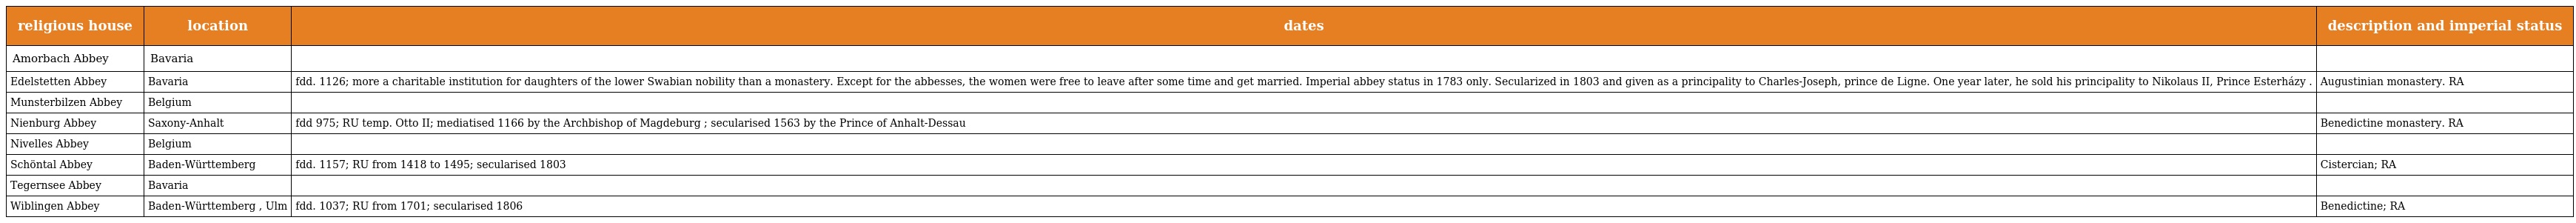
| religious house | location | dates | description and imperial status |
 | --- | --- | --- | --- |
 | Amorbach Abbey | Bavaria |  |  |
 | Edelstetten Abbey | Bavaria | fdd. 1126; more a charitable institution for daughters of the lower Swabian nobility than a monastery. Except for the abbesses, the women were free to leave after some time and get married. Imperial abbey status in 1783 only. Secularized in 1803 and given as a principality to Charles-Joseph, prince de Ligne. One year later, he sold his principality to Nikolaus II, Prince Esterházy . | Augustinian monastery. RA |
 | Munsterbilzen Abbey | Belgium |  |  |
 | Nienburg Abbey | Saxony-Anhalt | fdd 975; RU temp. Otto II; mediatised 1166 by the Archbishop of Magdeburg ; secularised 1563 by the Prince of Anhalt-Dessau | Benedictine monastery. RA |
 | Nivelles Abbey | Belgium |  |  |
 | Schöntal Abbey | Baden-Württemberg | fdd. 1157; RU from 1418 to 1495; secularised 1803 | Cistercian; RA |
 | Tegernsee Abbey | Bavaria |  |  |
 | Wiblingen Abbey | Baden-Württemberg , Ulm | fdd. 1037; RU from 1701; secularised 1806 | Benedictine; RA |